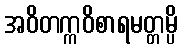
အဝိတက္ကဝိစာရမတ္တမ္ပိ